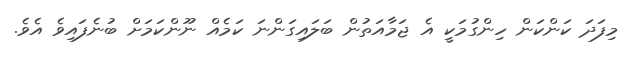
މިފަދަ ކަންކަން ހިންގުމަކީ އެ ޖަމާއަތުން ބަލައިގަންނަ ކަމެއް ނޫންކަމަށް ބުނެފައިވެ އެވެ.